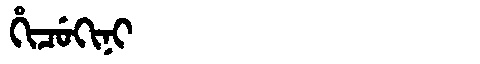
Manchu: ᡥᡳᠴᡠᡴᡳᠨᡳ
Romanization: HICUKINI